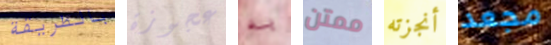
بالطريقة عجوزة به ممتن أنجزته مجعد